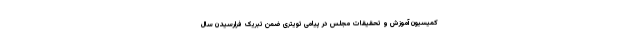
کمیسیون آموزش و تحقیقات مجلس در پیامی تویتری ضمن تبریک فرارسیدن سال